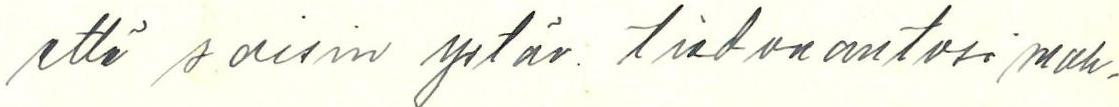
että soisin ystäv. tiedonantosi mah-